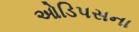
ઓડિપસના